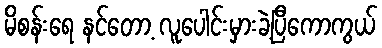
မိစန်းရေ နင်တော့ လူပေါင်းမှားခဲ့ပြီကောကွယ်